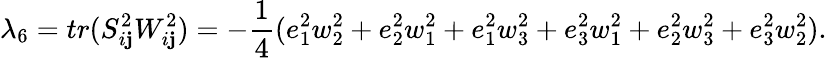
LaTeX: \lambda_{6}=tr(S_{i\mathbf{j}}^{2}W_{i\mathbf{j}}^{2})=-\frac{1}{4}(e_{1}^{2}w_{2}^{2}+e_{2}^{2}w_{1}^{2}+e_{1}^{2}w_{3}^{2}+e_{3}^{2}w_{1}^{2}+e_{2}^{2}w_{3}^{2}+e_{3}^{2}w_{2}^{2}).